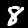
Digit: 8